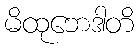
မိထုဘေဒါတိ